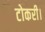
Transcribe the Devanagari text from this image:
टोकरी।